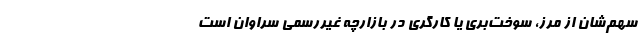
سهم‌شان از مرز، سوخت‌بری یا کارگری در بازارچه غیررسمی‌ سراوان است